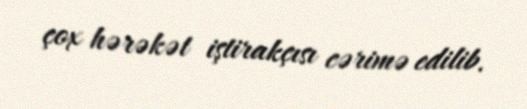
çox hərəkət iştirakçısı cərimə edilib.